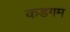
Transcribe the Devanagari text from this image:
कडगम